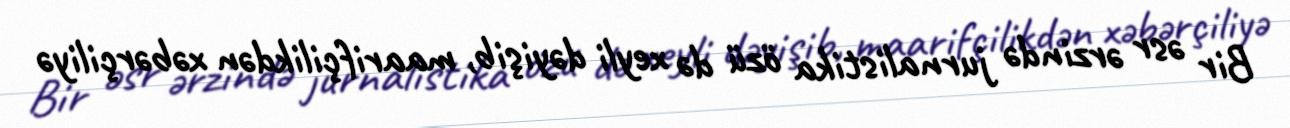
Bir əsr ərzində jurnalistika özü də xeyli dəyişib, maarifçilikdən xəbərçiliyə